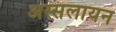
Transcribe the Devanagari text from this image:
अस्सलायन